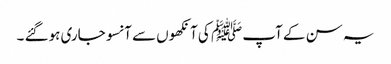
یہ سن کے آپ ﷺ کی آنکھوں سے آنسو جاری ہوگئے ۔